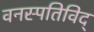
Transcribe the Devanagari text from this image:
वनस्पतिविद्